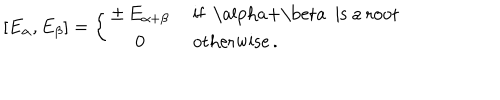
[ E _ { \alpha } , E _ { \beta } ] = \left\{ \begin{array} { c l } { { \pm \, E _ { \alpha + \beta } } } & { { \mathrm { ~ i f ~ \ a l p h a + \ b e t a ~ i s ~ a ~ r o o t } } } \\ { { 0 } } & { { \mathrm { ~ o t h e r w i s e } \, . } } \\ \end{array} \right.